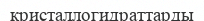
кристаллогидраттарды